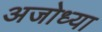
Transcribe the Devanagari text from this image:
अजोध्या